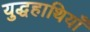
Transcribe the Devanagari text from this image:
युद्धहाथियाँ